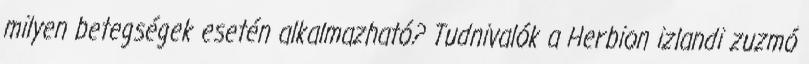
milyen betegségek esetén alkalmazható? Tudnivalók a Herbion izlandi zuzmó